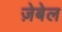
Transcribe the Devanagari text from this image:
ज़ेबेल